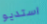
استديو